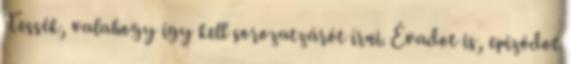
Tessék, valahogy így kell sorozatzárót írni. Évadot is, epizódot